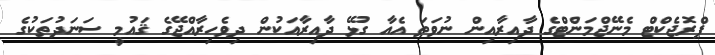
ޕްރޮޖެކްޓް މެނޭޖްމަންޓްގެ ދާއިރާއިން ނުވަތަ އެއާ ގުޅޭ ދާއިރާއަކުން ދިވެހިރާއްޖޭގެ ޤައުމީ ސަނަދުތަކުގެ